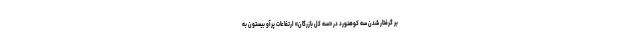
بر گرفتار شدن سه کوهنورد در «سه کل بازرگان» ارتفاعات پرآو بیستون به